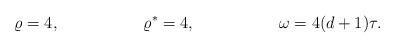
LaTeX: \begin{align*} \varrho &= 4, & \varrho^* &= 4,& \omega &= 4(d+1)\tau.\end{align*}